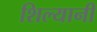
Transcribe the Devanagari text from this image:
शिल्यानी